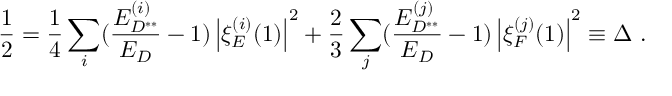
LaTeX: \frac { 1 } { 2 } = \frac { 1 } { 4 } \sum _ { i } ( \frac { E _ { D ^ { * * } } ^ { ( i ) } } { E _ { D } } - 1 ) \left| \xi _ { E } ^ { ( i ) } ( 1 ) \right| ^ { 2 } + \frac { 2 } { 3 } \sum _ { j } ( \frac { E _ { D ^ { * * } } ^ { ( j ) } } { E _ { D } } - 1 ) \left| \xi _ { F } ^ { ( j ) } ( 1 ) \right| ^ { 2 } \equiv \Delta \ .